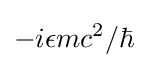
-i\epsilon mc^{2}/\hbar